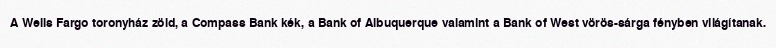
A Wells Fargo toronyház zöld, a Compass Bank kék, a Bank of Albuquerque valamint a Bank of West vörös-sárga fényben világítanak.